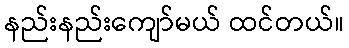
နည်းနည်းကျော်မယ် ထင်တယ်။